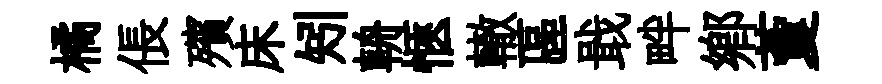
橘倀殯床矧輈愜轍區戢畔鄉藑